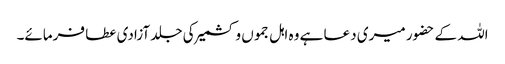
اللہ کے حضور میری دعا ہے وہ اہل جموں و کشمیر کی جلد آزادی عطا فرمائے۔